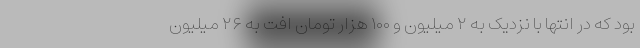
بود که در انتها با نزدیک به ۲ میلیون و ۱۰۰ هزار تومان افت به ۲۶ میلیون